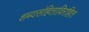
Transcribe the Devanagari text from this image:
शब्दसंहिताविरहित